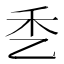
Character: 𰀹